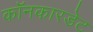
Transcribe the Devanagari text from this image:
कॉनकारडेट